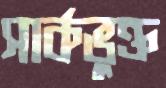
সার্কভুক্ত